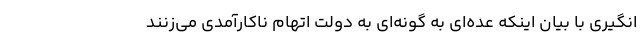
انگیری با بیان اینکه عده‌ای به گونه‌ای به دولت اتهام ناکارآمدی می‌زنند